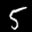
Label: 5